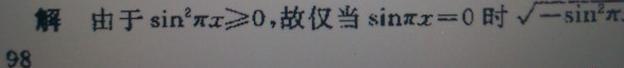
解 由于 $\sin^{2}\pi x\geqslant0$，故仅当 $\sin\pi x = 0$ 时 $\sqrt{-\sin^{2}\pi x}$